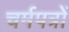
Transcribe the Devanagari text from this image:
चर्मपत्रों